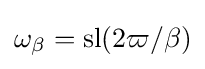
\omega _{\beta }=\operatorname {sl} (2\varpi /\beta )